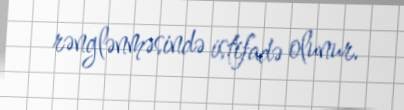
rənglənməsində istifadə olunur.